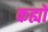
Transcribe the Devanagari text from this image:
कह्यों